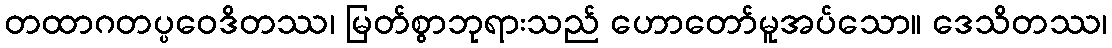
တထာဂတပ္ပဝေဒိတဿ၊ မြတ်စွာဘုရားသည် ဟောတော်မူအပ်သော။ ဒေသိတဿ၊